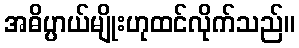
အဓိပ္ပာယ်မျိုးဟုထင်လိုက်သည်။